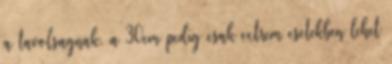
a tavolsagnak, a 30cm pedig csak extrem esetekben lehet